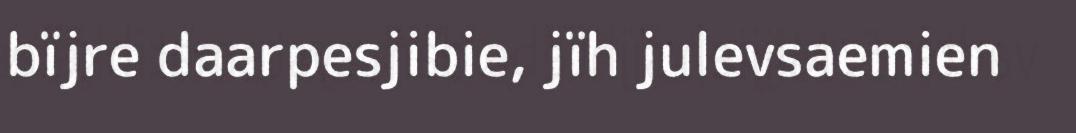
bïjre daarpesjibie, jïh julevsaemien